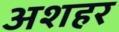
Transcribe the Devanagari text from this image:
अशहर